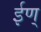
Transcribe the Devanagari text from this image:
ईण्